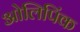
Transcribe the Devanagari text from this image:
ओलिपिंक